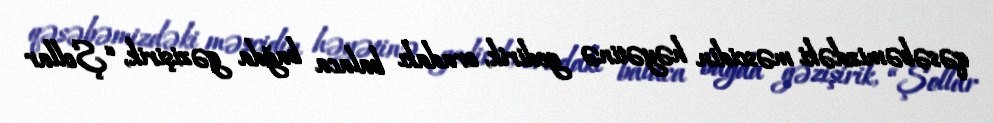
qəsəbəmizdəki məscidin həyətinə gedirik, oradakı balaca bağda gəzişirik, “Şollar